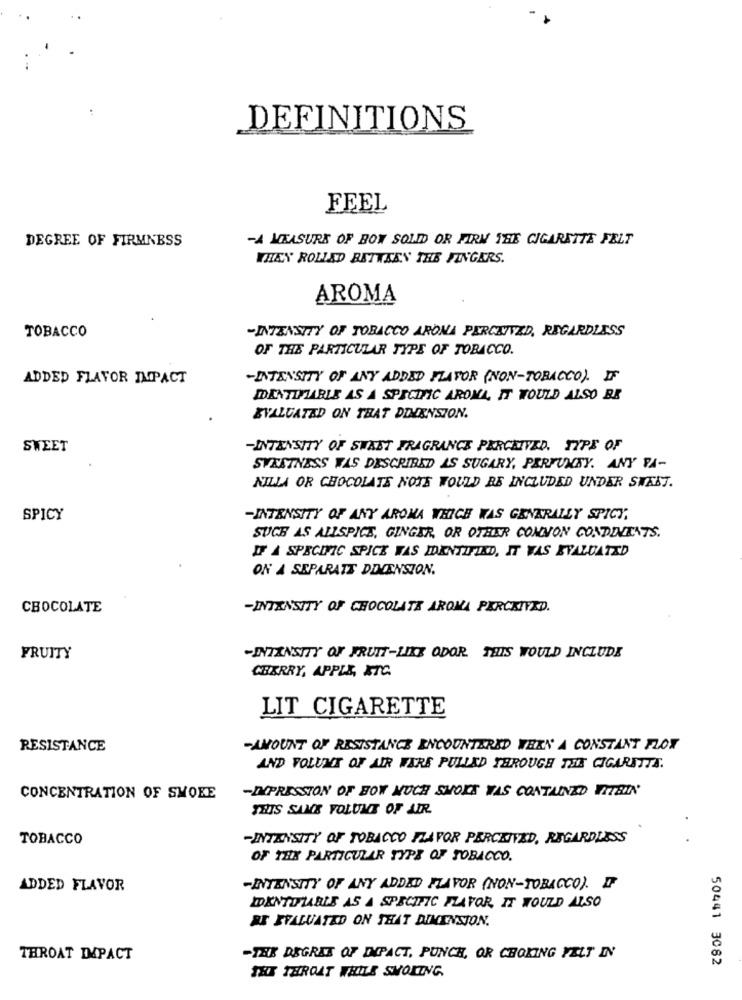
DEFINITIONS
FEEL
DEGREE OF FIRMNESS
-A MEASURE OF BOW SOLD OR FIRM THIS CIGARETTE FELT
WHEN ROLLED BETWEEN THE FINGERS.
AROMA
TOBACCO
-INTENSITY OF TOBACCO ARONA PERCEIVED, REGARDLESS
OF THE PARTICULAR TYPE OF TOBACCO.
ADDED FLAVOR IMPACT
-INTENSITY OF ANY ADDED FLAVOR (NON-TOBACCO). IF
IDENTIFIABLE AS A SPECIFIC AROMA, IT WOULD ALSO BE
EVALUATED ON THAT DELENSION.
SWEET
-INTENSITY OF SWEET FRAGRANCE PERCEIVED. TYPE OF
SVESTNESS WAS DESCRIBED AS SUGARY, PERFUMEY. ANY PA-
NILLA OR CHOCOLATE NOTE WOULD BE INCLUDED UNDER SWEET.
SPICY
-INTENSITY OF ANY AROMA WHICH WAS GENERALLY SPICY,
SUCH AS ALLSPICE, GINGER, OR OTHER COMMON CONDIMENTS.
IF A SPECIFIC SPICK WAS IDENTIFIED, IT WAS EVALUATED
ON A SEPARATE DIMENSION.
CHOCOLATE
-INTENSITY OF CHOCOLATE AROMA PERCEIVED.
FRUITY
-INTENSITY OF FRUIT-LIKE ODOR. THIS WOULD INCLUDE
CHERRY, APPLE, ETC.
LIT CIGARETTE
RESISTANCE
-AMOUNT OF RESISTANCE ENCOUNTERED WHEN A CONSTANT FLOX
AND VOLUME OF AIR WERE PULLED THROUGH THIS CIGARETTE.
-IMPRESSION OF HOW MUCH SMOKE VAS CONTAINED WITHIN
CONCENTRATION OF SMOKE
THIS SAME VOLUME OF AIR
TOBACCO
-INTENSITY OF TOBACCO FLAVOR PERCEIVED, REGARDLESS
OF THE PARTICULAR TYPE OF TOBACCO.
ADDED FLAVOR
-INTENSITY OF ANY ADDED FLAVOR (NON-TOBACCO). F
IDENTIFIABLE AS A SPECIFIC FLAVOR, IT WOULD ALSO
BE EVALUATED ON THAT DIMENSION.
THROAT IMPACT
-THE DEGREE OF IMPACT, PUNCH, OR CHOKING FELT IN
50441 3082
THE THROAT WHILE SMOKING.